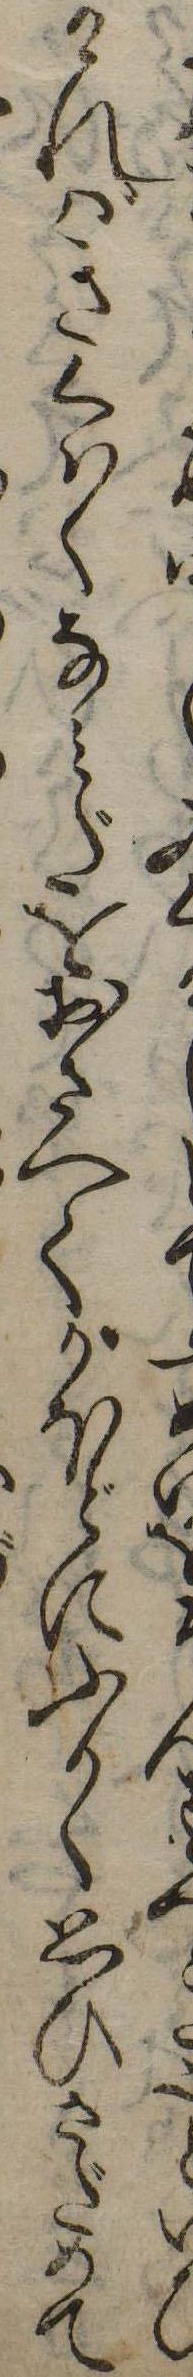
一とければきくはくなみだをおさへてかほどにふかく思ひさだめて